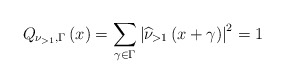
\begin{align*}Q_{\nu_{>1}, \Gamma}\left( x\right)=\sum_{\gamma\in\Gamma }\left|\widehat{\nu }_{>1}\left(x+\gamma\right)\right|^{2} =1 \end{align*}